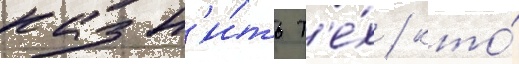
казн'и́ть т'е́х / кто́